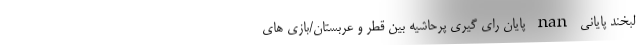
لبخند پایانی nan پایان رای گیری پرحاشیه بین قطر و عربستان/بازی های